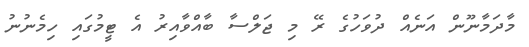
މާދަމާނޫން އަނެއް ދުވަހުގެ ރޭ މި ޖަލްސާ ބާއްވާއިރު އެ ޓީމުގައި ހިމެނުނު